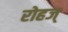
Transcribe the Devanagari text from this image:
रोहज्